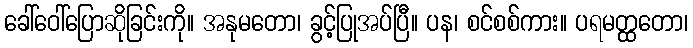
ခေါ်ဝေါ်ပြောဆိုခြင်းကို။ အနုမတော၊ ခွင့်ပြုအပ်ပြီ။ ပန၊ စင်စစ်ကား။ ပရမတ္ထတော၊